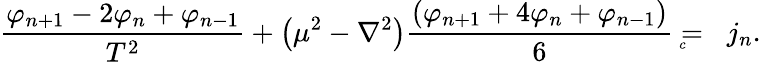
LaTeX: \frac{\varphi_{n+1}-2\varphi_{n}+\varphi_{n-1}}{T^{2}}+\left(\mu^{2}-\nabla^{2}\right)\frac{\left(\varphi_{n+1}+4\varphi_{n}+\varphi_{n-1}\right)}6={}_{{}_{\! \! \! \! \! \! \! c}}\; \, j_{n}.